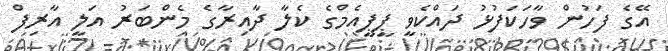
އޭގެ ފަހުން ވާހަކަފުޅު ދައްކެވީ ޕީޕީއެމްގެ ކެލާ ދާއިރާގެ މެންބަރު އަލީ އާރިފް